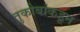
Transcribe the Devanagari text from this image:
तुकोबांकडून